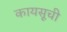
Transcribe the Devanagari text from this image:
कायसूची